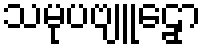
သမုပဗျူဠှော